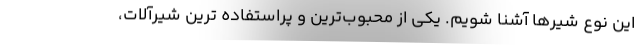
این نوع شیرها آشنا شویم. یکی از محبوب‌ترین و پراستفاده ترین شیرآلات،